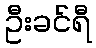
ဦးခင်ရီ